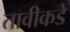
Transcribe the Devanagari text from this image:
तावीकडे